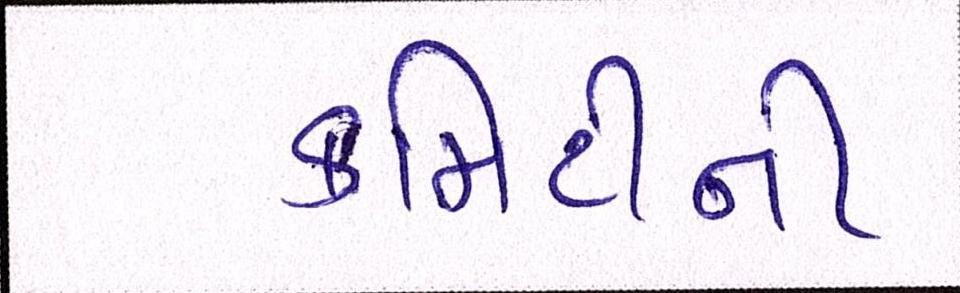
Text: કમિટીની